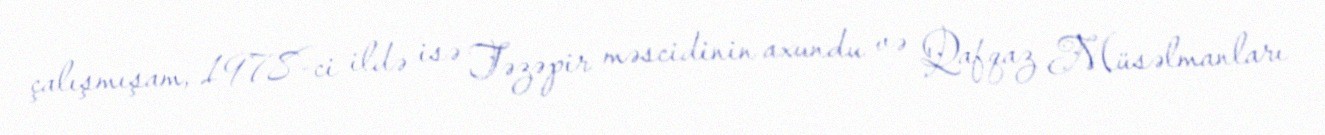
çalışmışam, 1978-ci ildə isə Təzəpir məscidinin axundu və Qafqaz Müsəlmanları